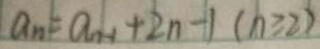
a _ { n } = a _ { n - 1 } + 2 n - 1 ( n \geqslant 2 )